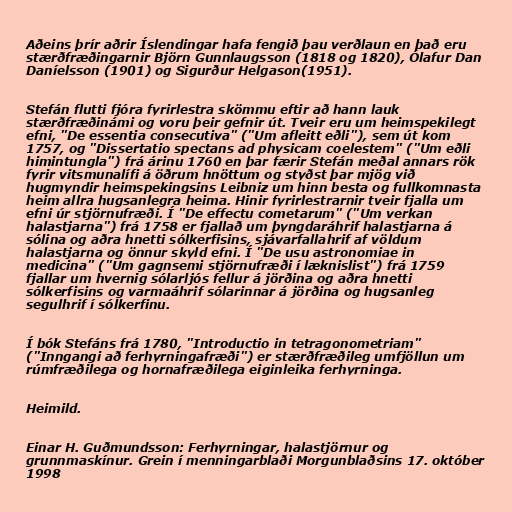
Aðeins þrír aðrir Íslendingar hafa fengið þau verðlaun en það eru
stærðfræðingarnir Björn Gunnlaugsson (1818 og 1820), Ólafur Dan
Daníelsson (1901) og Sigurður Helgason(1951).

Stefán flutti fjóra fyrirlestra skömmu eftir að hann lauk
stærðfræðinámi og voru þeir gefnir út. Tveir eru um heimspekilegt
efni, "De essentia consecutiva" ("Um afleitt eðli"), sem út kom
1757, og "Dissertatio spectans ad physicam coelestem" ("Um eðli
himintungla") frá árinu 1760 en þar færir Stefán meðal annars rök
fyrir vitsmunalífi á öðrum hnöttum og styðst þar mjög við
hugmyndir heimspekingsins Leibniz um hinn besta og fullkomnasta
heim allra hugsanlegra heima. Hinir fyrirlestrarnir tveir fjalla um
efni úr stjörnufræði. Í "De effectu cometarum" ("Um verkan
halastjarna") frá 1758 er fjallað um þyngdaráhrif halastjarna á
sólina og aðra hnetti sólkerfisins, sjávarfallahrif af völdum
halastjarna og önnur skyld efni. Í "De usu astronomiae in
medicina" ("Um gagnsemi stjörnufræði í læknislist") frá 1759
fjallar um hvernig sólarljós fellur á jörðina og aðra hnetti
sólkerfisins og varmaáhrif sólarinnar á jörðina og hugsanleg
segulhrif í sólkerfinu.

Í bók Stefáns frá 1780, "Introductio in tetragonometriam"
("Inngangi að ferhyrningafræði") er stærðfræðileg umfjöllun um
rúmfræðilega og hornafræðilega eiginleika ferhyrninga.

Heimild.

Einar H. Guðmundsson: Ferhyrningar, halastjörnur og
grunnmaskínur. Grein í menningarblaði Morgunblaðsins 17. október
1998